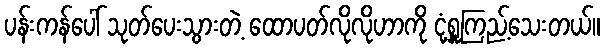
ပန်းကန်ပေါ် သုတ်ပေးသွားတဲ့ ထောပတ်လိုလိုဟာကို ငုံ့ရှူကြည့်သေးတယ်။